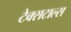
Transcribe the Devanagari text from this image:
टेक्सटाल्स